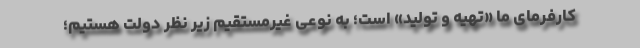
کارفرمای ما «تهیه و تولید» است؛ به نوعی غیرمستقیم زیر نظر دولت هستیم؛